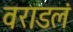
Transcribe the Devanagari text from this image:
वराडलं